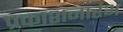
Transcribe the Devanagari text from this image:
प्रकाशनारंभ